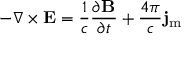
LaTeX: - \nabla \times \mathbf { E } = { \frac { 1 } { c } } { \frac { \partial \mathbf { B } } { \partial t } } + { \frac { 4 \pi } { c } } \mathbf { j } _ { \mathrm { m } }